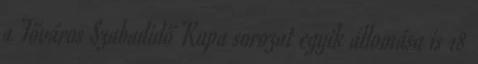
a Főváros Szabadidő Kupa sorozat egyik állomása is 18